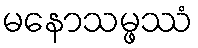
မနောသမ္ဖဿံ